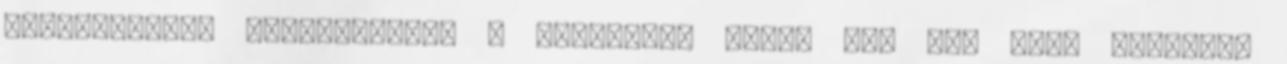
kockáztatni, valószínűleg a Tatabánya ellen sem lép majd pályára,